Civil Veterinary Dept. North-West Frontier Province 1901-22 - 1901-1922
Year: 1901
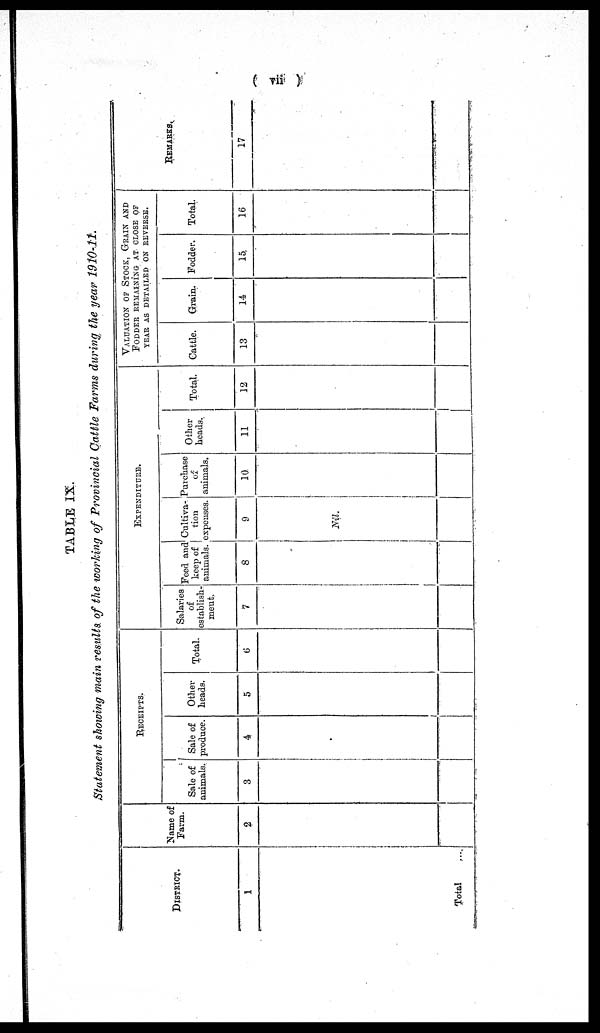
(vii)
TABLE IX.
Statement showing main results of the working of Provincial Cattle Farms during the year 1910-11.
DISTRICT.
1
Total
Name of
Farm.
2
RECEIPTS.
Sale of
animals.
3
Sale of
produce.
4
Other
heads.
5
Total.
6
EXPENDITURE.
Salaries
of
establish-
ment.
7
Feed and
keep of
animals.
8
Cultiva-
tion
expenses.
9
Nil.
Purchase
of
animals.
10
Other
heads.
11
Total.
12
VALUATION OF STOCK, GRAIN AND
FODDER REMAINING AT CLOSE OF
YEAR AS DETAILED ON REVERSE.
Cattle.
13
Grain.
14
Fodder.
15
Total.
16
REMARKS.
17